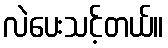
လဲပေးသင့်တယ်။